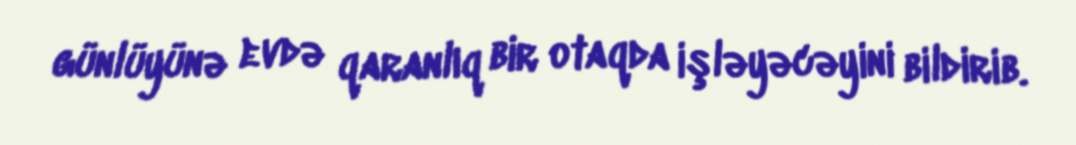
günlüyünə evdə qaranlıq bir otaqda işləyəcəyini bildirib.